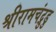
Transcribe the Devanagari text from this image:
श्रीरामचंद्रुडु